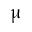
\upmu